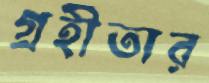
গ্রহীতার